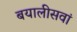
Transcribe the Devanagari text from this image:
बयालीसवां